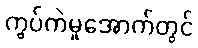
ကွပ်ကဲမှုအောက်တွင်